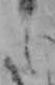
し